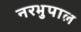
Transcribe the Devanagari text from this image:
नरभुपाल